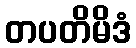
တပတိမိဒံ